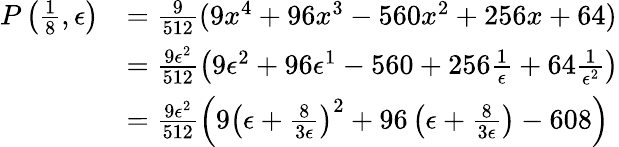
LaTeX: \begin{array}{rl}{P\left(\frac{1}{8},\epsilon\right)}&{=\frac{9}{512}(9x^{4}+96x^{3}-560x^{2}+256x+64)}\\ &{=\frac{9\epsilon^{2}}{512}\left(9\epsilon^{2}+96\epsilon^{1}-560+256\frac{1}{\epsilon}+64\frac{1}{\epsilon^{2}}\right)}\\ &{=\frac{9\epsilon^{2}}{512}\left(9\left(\epsilon+\frac{8}{3\epsilon}\right)^{2}+96\left(\epsilon+\frac{8}{3\epsilon}\right)-608\right)}\end{array}